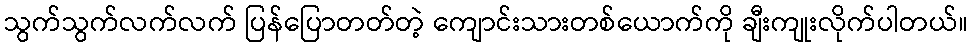
သွက်သွက်လက်လက် ပြန်ပြောတတ်တဲ့ ကျောင်းသားတစ်ယောက်ကို ချီးကျုးလိုက်ပါတယ်။